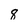
Character: 8